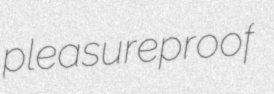
pleasureproof